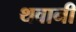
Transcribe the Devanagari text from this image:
थवानी